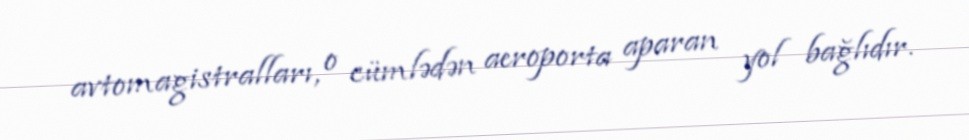
avtomagistralları, o cümlədən aeroporta aparan yol bağlıdır.